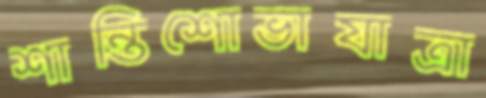
শান্তিশোভাযাত্রা